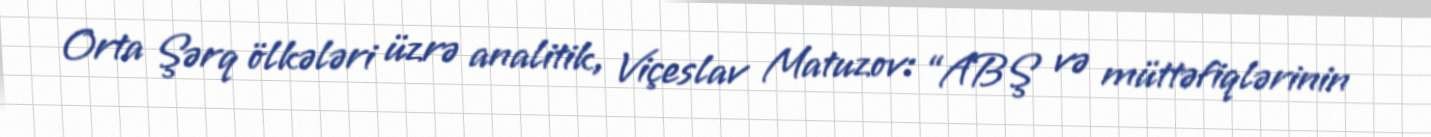
Orta Şərq ölkələri üzrə analitik, Viçeslav Matuzov: “ABŞ və müttəfiqlərinin